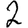
Digit: 2